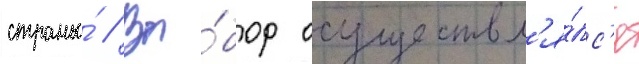
страны́ // Вы́бор осуществл'я́лс'я